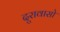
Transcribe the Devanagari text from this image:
दुरावासो